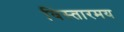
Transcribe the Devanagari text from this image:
विस्तारमय